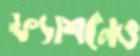
ফ্যাশনেও